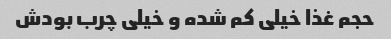
حجم غذا خیلی کم شده و خیلی چرب بودش